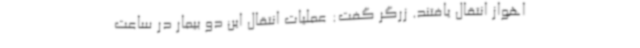
اهواز انتقال یافتند. زرگر گفت: عملیات انتقال این دو بیمار در ساعت